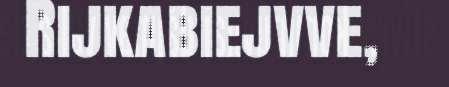
Rijkabiejvve,